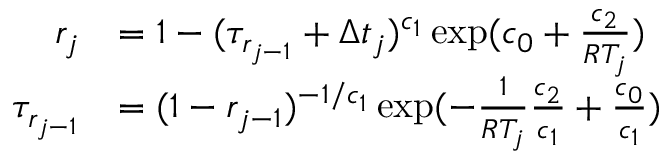
\begin{array} { r l } { r _ { j } } & { = 1 - ( \tau _ { r _ { j - 1 } } + \Delta t _ { j } ) ^ { c _ { 1 } } \exp ( c _ { 0 } + \frac { c _ { 2 } } { R T _ { j } } ) } \\ { \tau _ { r _ { j - 1 } } } & { = ( 1 - r _ { j - 1 } ) ^ { - 1 / c _ { 1 } } \exp ( - \frac { 1 } { R T _ { j } } \frac { c _ { 2 } } { c _ { 1 } } + \frac { c _ { 0 } } { c _ { 1 } } ) } \end{array}